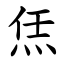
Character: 㶵